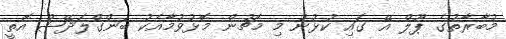
މުބާރާތުގެ ޕޫލް އޭ ގައި ކުޅުނު މި މެޗުން މޮޅުވުމާއެކު ބަންގްލަދޭޝް އޮތީ